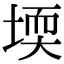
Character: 堧